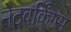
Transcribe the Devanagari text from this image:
नेटवर्किंग्स